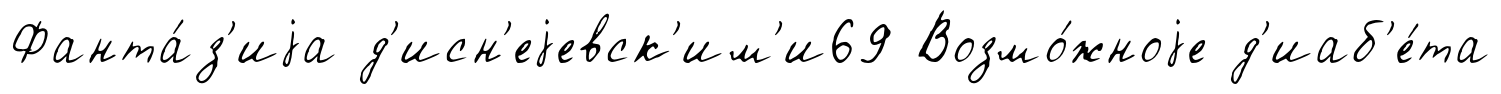
Фанта́з'иjа д'исн'еjевск'им'и69 Возмо́жноjе д'иаб'е́та